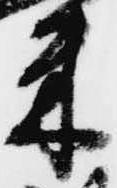
米